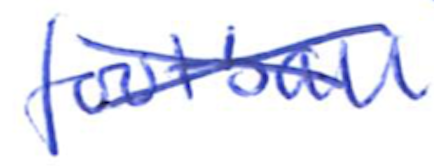
Text: football
Cross-out: cross
Writing tool: ballpoint